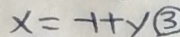
x = - 1 + y \textcircled { 3 }